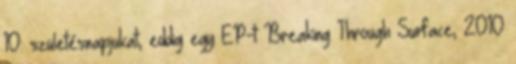
10. születésnapjukat, eddig egy EP-t Breaking Through Surface, 2010